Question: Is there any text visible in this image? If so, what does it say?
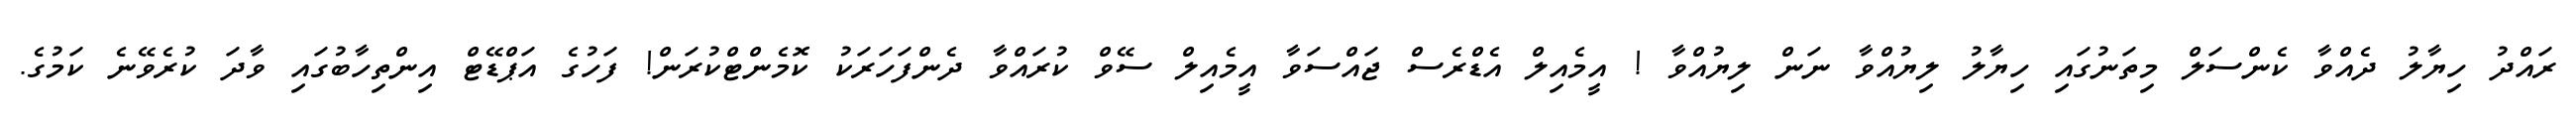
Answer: ރައްދު ހިޔާލު ދެއްވާ ކެންސަލް މިތަނުގައި ހިޔާލު ލިޔުއްވާ ނަން ލިޔުއްވާ ! އީމެއިލް އެޑްރެސް ޖައްސަވާ އީމެއިލް ސޭވް ކުރައްވާ ދެންފަހަރަކު ކޮމެންޓްކުރަން! ފަހުގެ އަޕްޑޭޓް އިންތިހާބުގައި ވާދަ ކުރެވޭނެ ކަމުގެ.